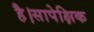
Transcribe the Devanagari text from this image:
है।सापेक्षिक